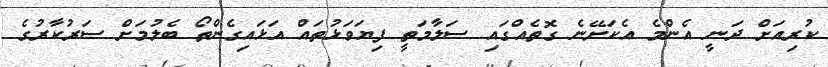
ކުރިއަށް ދަނީ އެންމެ އެކަށޭނެ ގޮތެއްގައި ސަލާމަތީ ފިޔަވަޅުތައް އަޅައިގެންތޯ ބެލުމަށް ސަރުކާރުގެ